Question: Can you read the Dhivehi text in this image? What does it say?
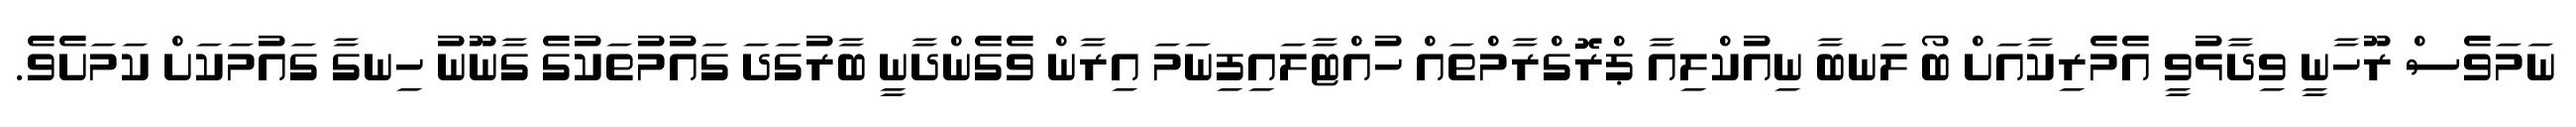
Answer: ނަމަވެސް ރޫހާނީ ވިދާޅުވީ އެމެރިކާއަށް ބޯ ލަނބާ ނިއުކްލިއާ ޕްރޮގްރާމްތައް ހުއްޓާލައިފިނަމަ އިރާން ވެގެންދާނީ ބާރުގަދަ ގައުމުތަކުގެ ގާނޫނު ހިނގާ ގައުމަކަށް ކަމަށެވެ.